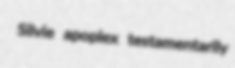
Silvie apoplex testamentarily